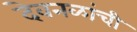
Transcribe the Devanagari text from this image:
देवनळांची